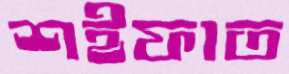
শইফাত